Bréfritari: Aðalbjartur Bjarnason (Albert Arnason)
Dagsetning: A-1880-03-02
Skrifað á: Vesturheimi

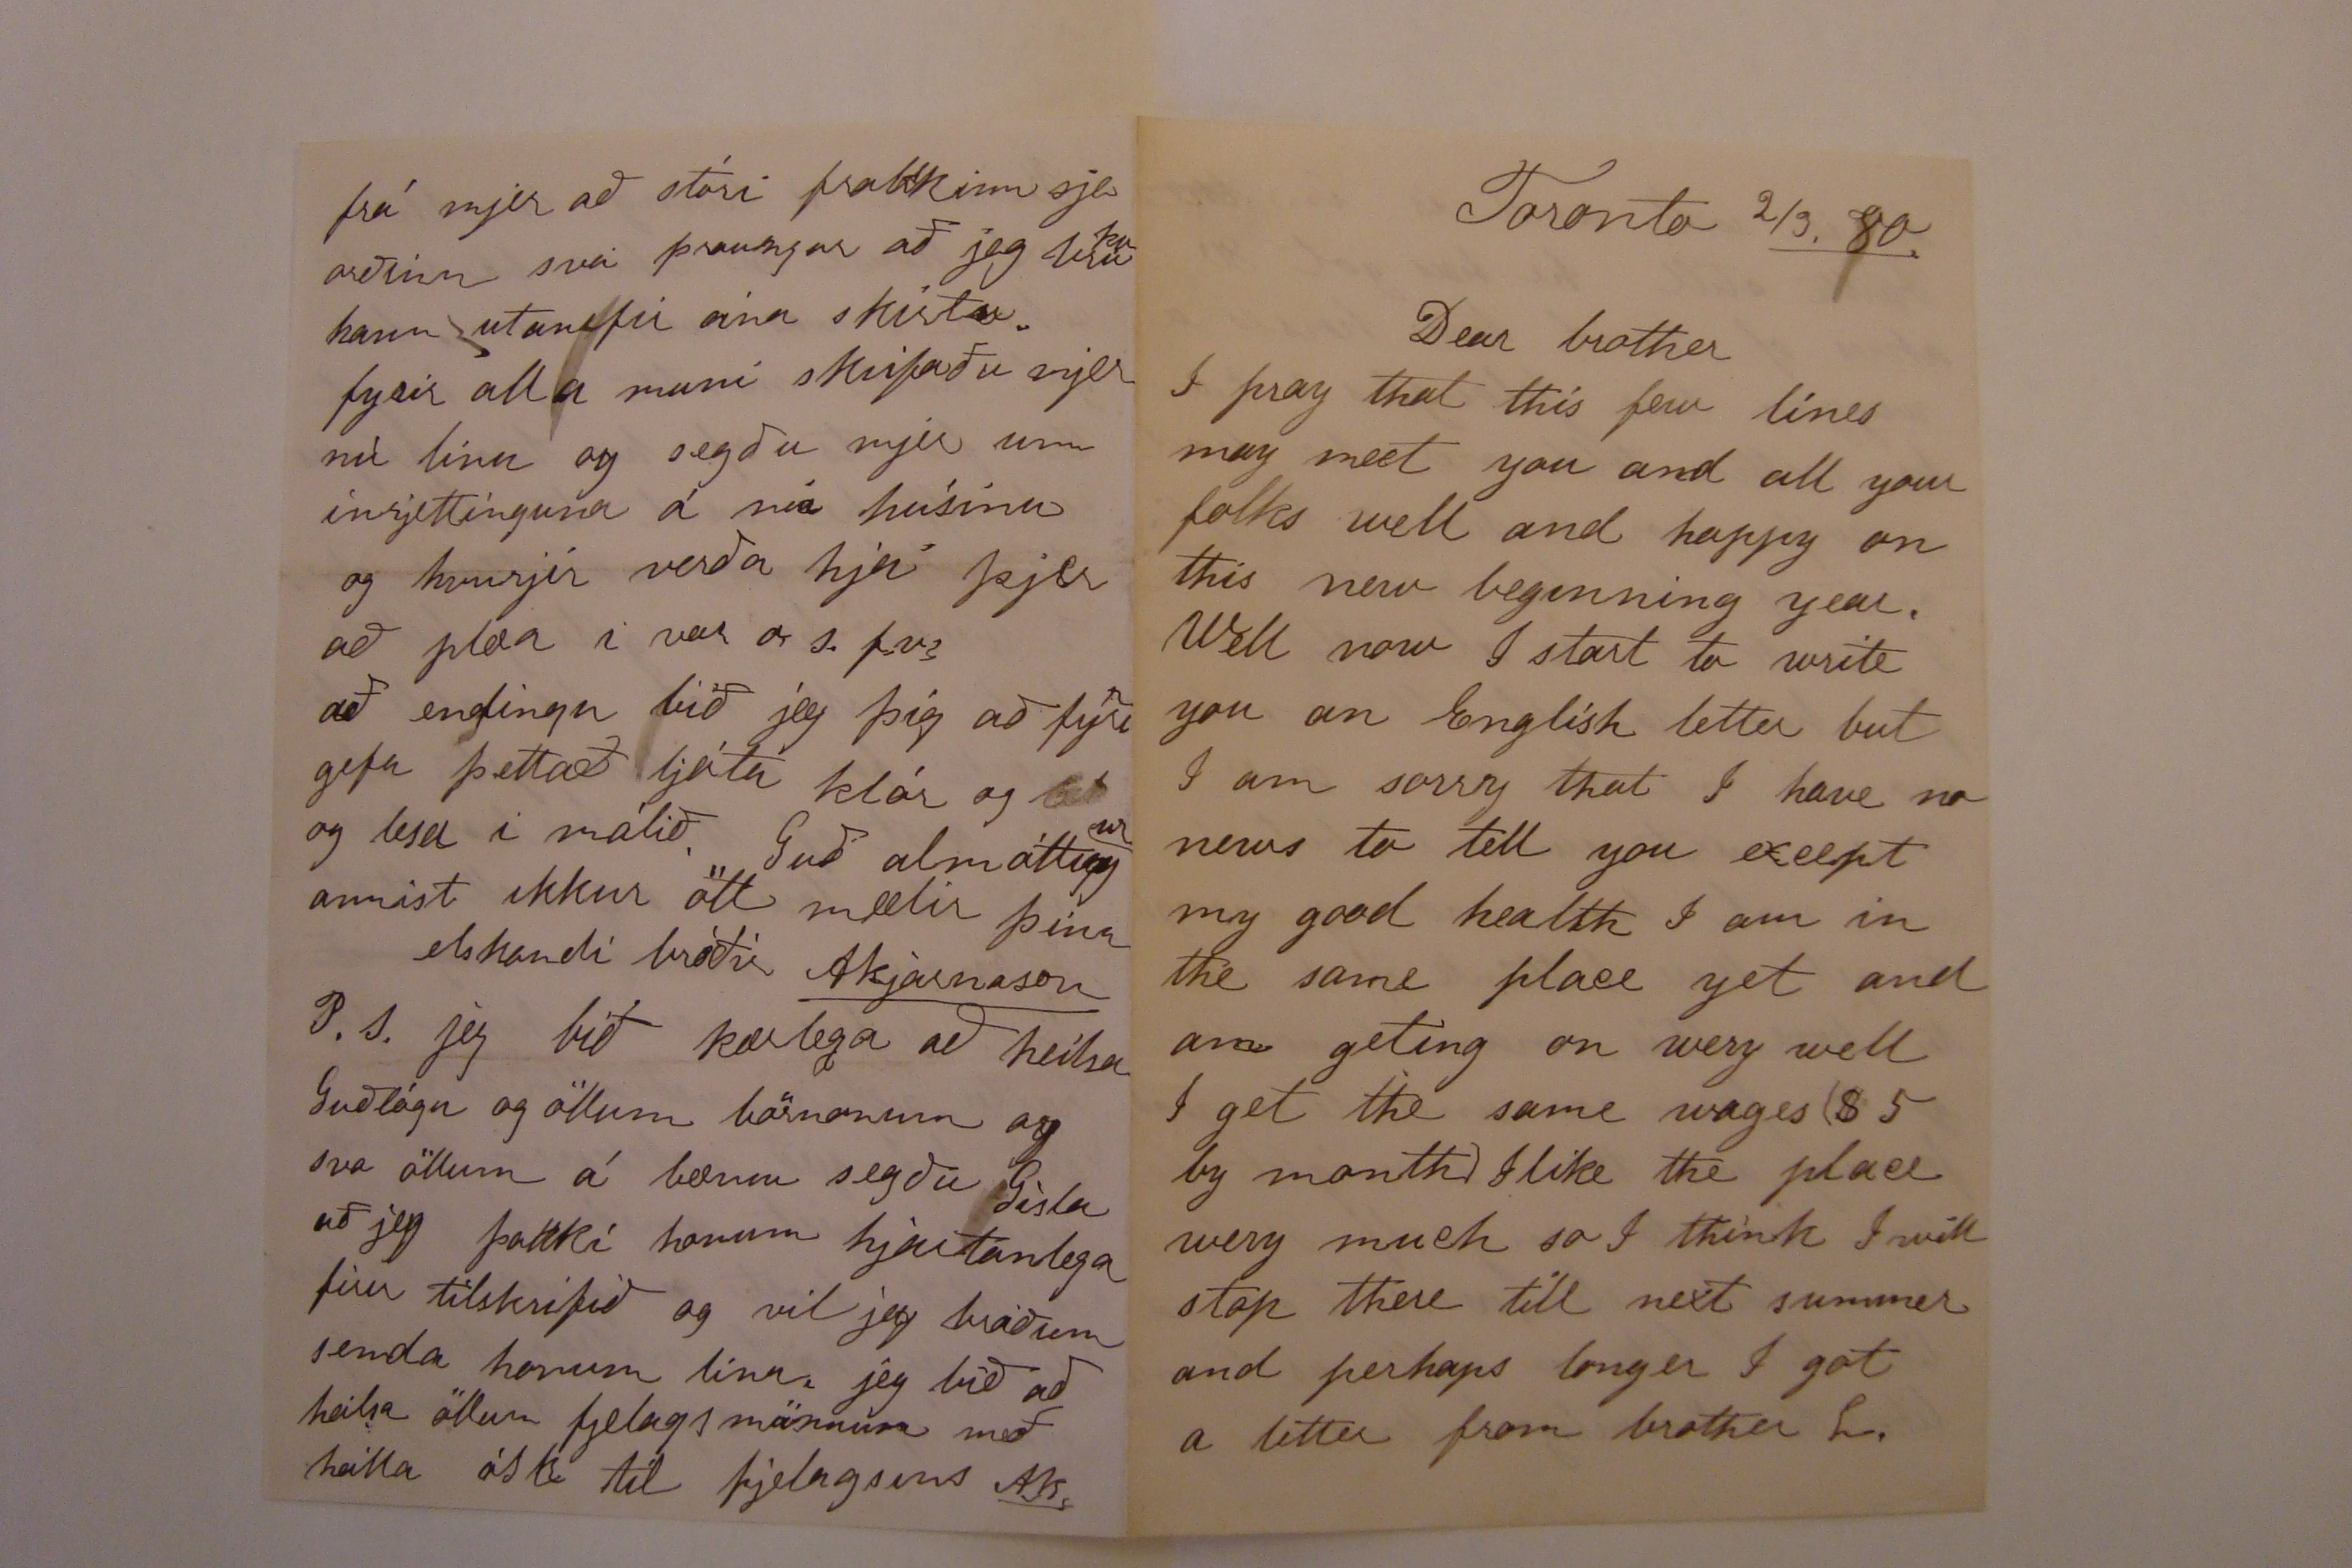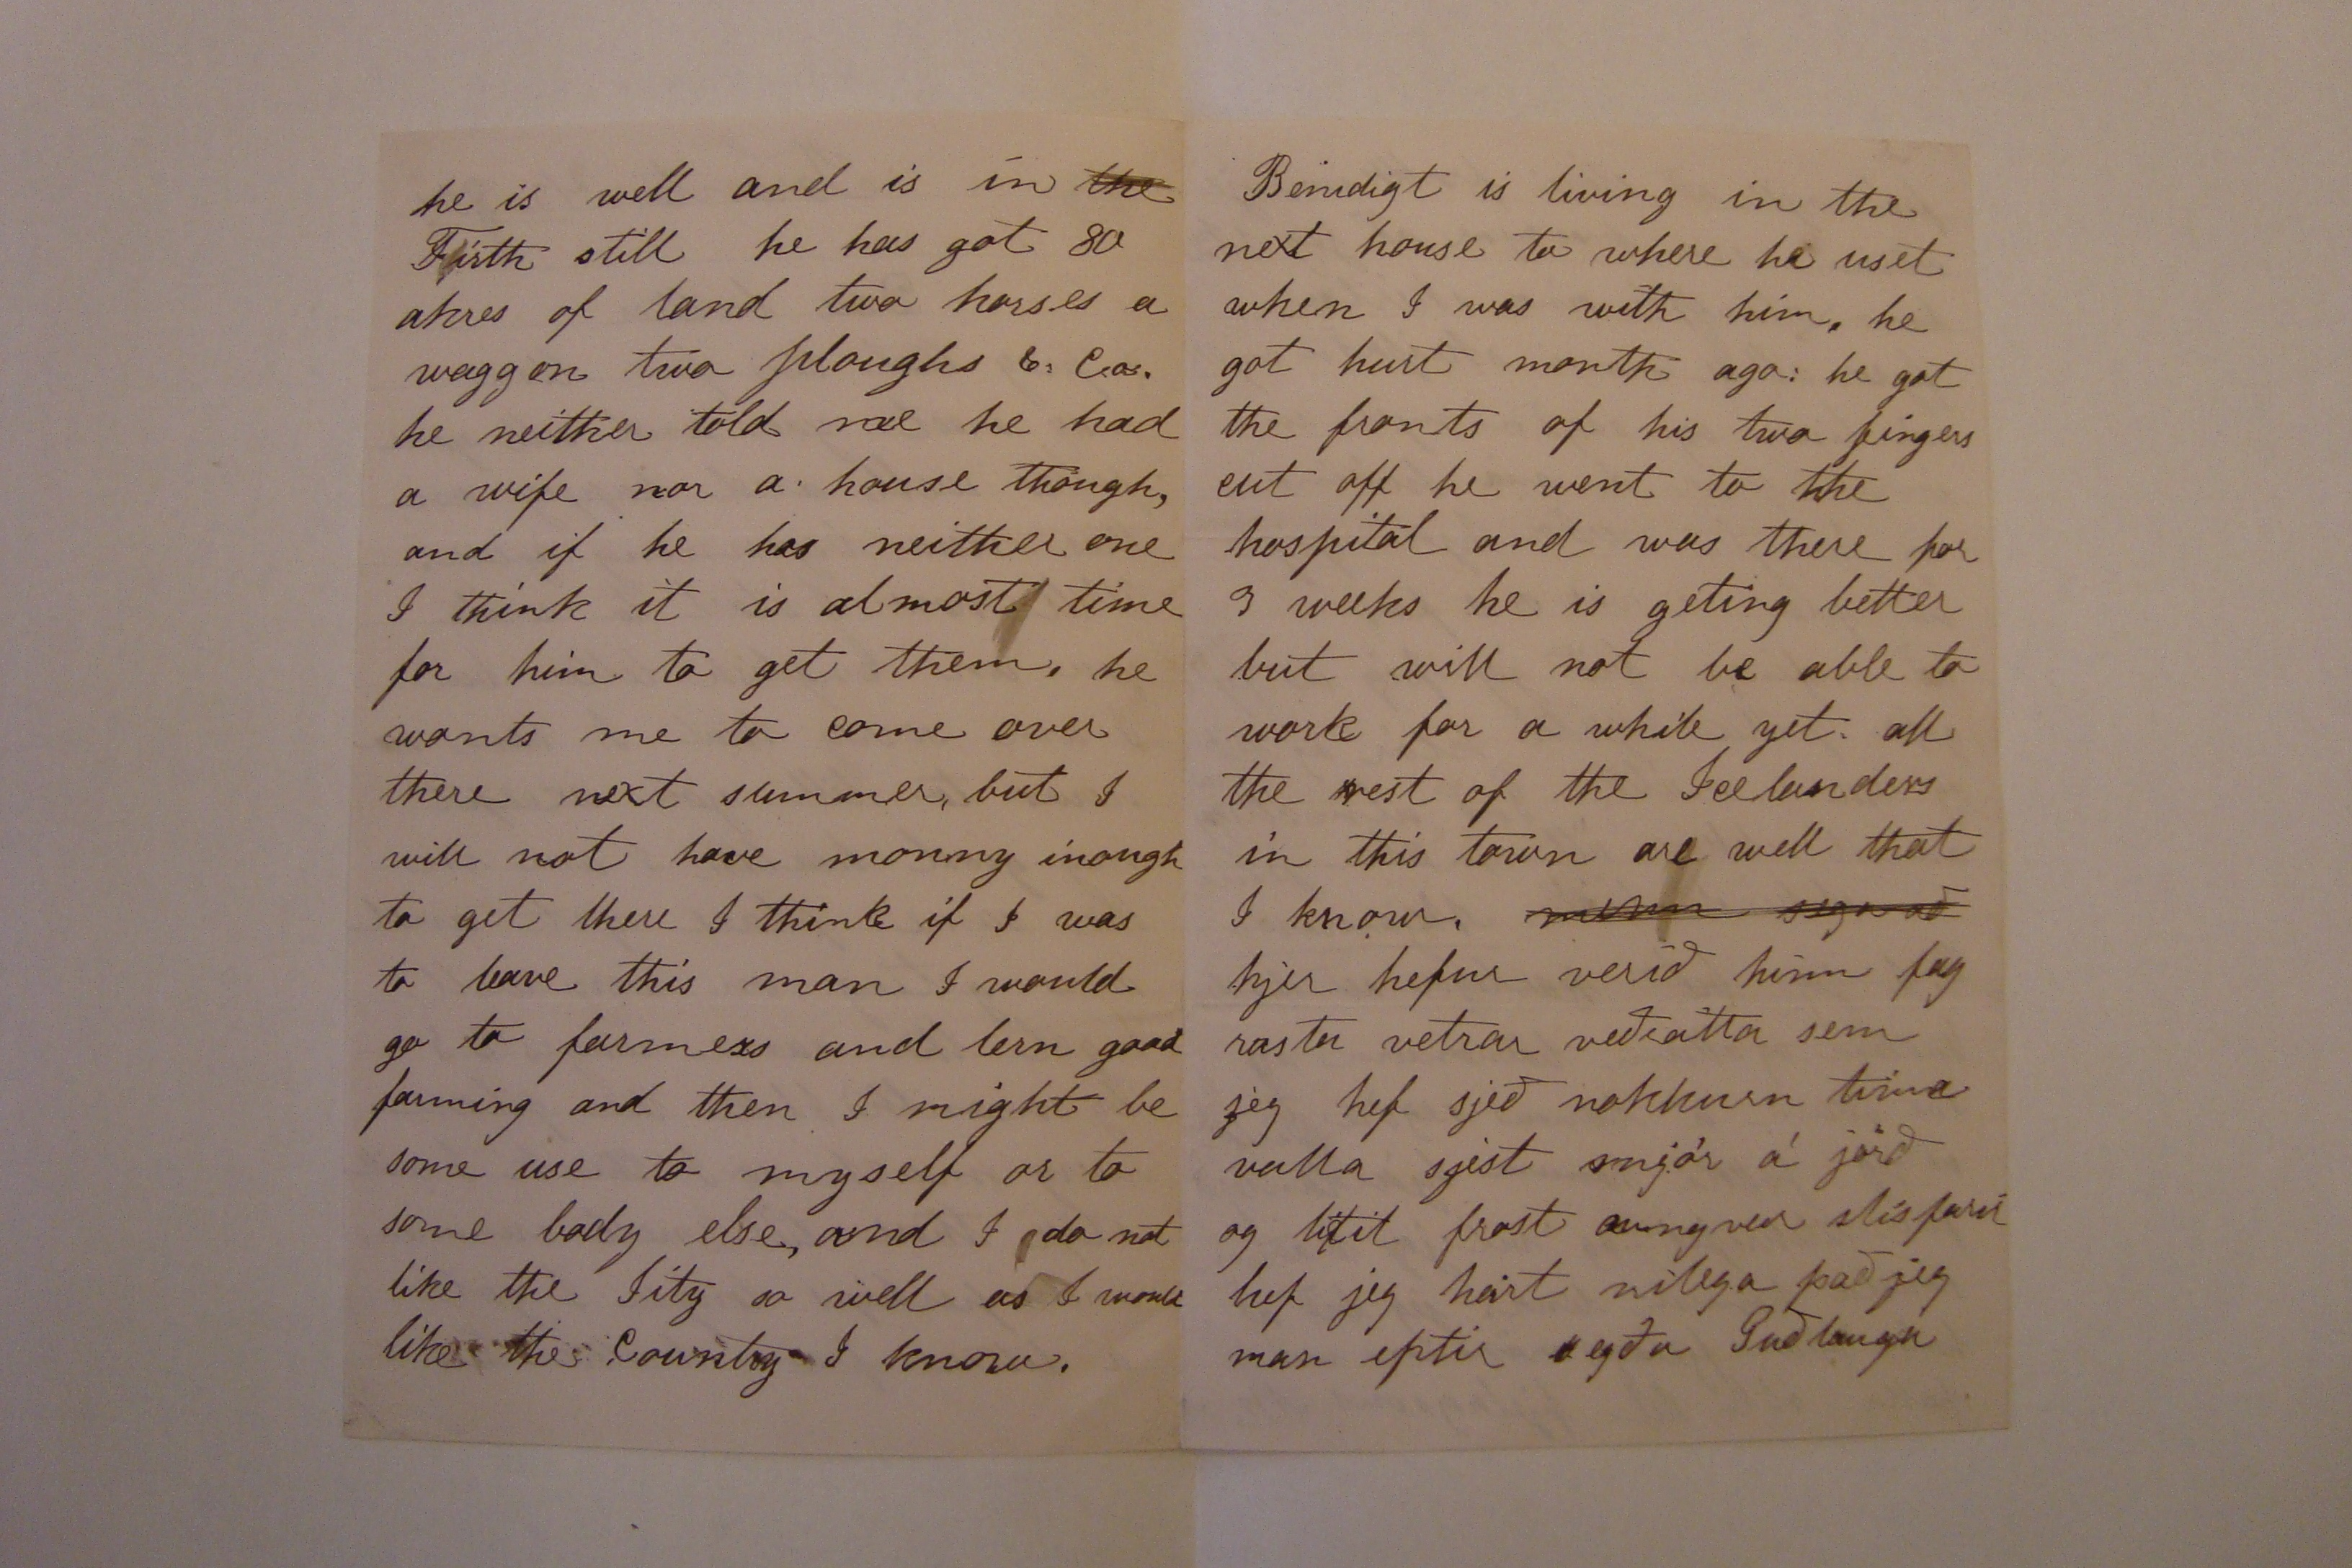

Toronto 2/3. 80
Dear brother
I pray that this few lines may meet you and all your folks well and happy on this new beginning year. Well now I start to write you an English letter but I am sorry that I have no news to tell you except my good health I am in the same place yet and am geting on wery well I get the same wages ($ 5 by month) I like the place wery much so I think I will stop there till next summer and perhaps longer I got a letter from brother L.
he is well and is in
the
Firth still he has got 80 akres of land two horses a waggon two ploughs 6.
Cos
he neither told me he hand a wife nor a house though, and if he has neither one I think it is almost time for him to get them, he wants me to come over there next summer, but I will not have monny inough to get there I think if I was to have this man I would go to farmers and lern good farming and then I might be some use to myself or to some body else, and I do not like the Sity so well as I would like the Country I know.
Benidigt is living in the next house to where he uset when I was with him, he got hurt month ago: he got the fronts of his two fingers cut off he went to the hospital and was there for 3 weeks he is geting better but will not be able to work for a while yet. all the rest of the Icelanders in this town are well that I know.
menn sega að
hjer hefur verið hinn fagrasta vetrar veðrátta sem jeg hef sjeð nokkurn tíma valla sjest snjór á jörð og lítil frost aungvar slisfarir hef jeg heirt nílega það jeg man eptir segðu Guðlaugu
frá mjer að stóri frakkinn sje orðinn svo þraungur að jeg bru
ka
hann utanifir eina skirtu. fyrir alla muni skrifaðu mjer nú línu og segðu mjer um inrjettinguna á nía húsinu og hvurjir verða hjá þjer að plæa í vor o. s.
frs
að endingu bið jeg þig að firi
r
gefa þettað ljóta klór og og lesa í málið. Guð almáttug
ur
annist ikkur öll mælir þinn
elskandi bróðir
ABjarnason
P.S. jeg bið kærlega að heilsa Guðlögu og öllum börnonum og svo öllum á bænum segðu Gísla að jeg þakki honum hjartanlega firir tilskrifið og vil jeg bráðum senda honum línu. jeg bið að heilsa öllum fjelagsmönnum með heilla ósk til fjelagsins
AB.